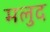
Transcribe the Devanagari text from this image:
मलुद